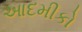
આદમીકો